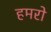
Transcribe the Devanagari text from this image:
हमरो